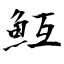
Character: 魱